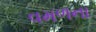
વમળના